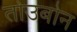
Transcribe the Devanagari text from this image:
तोउबोन